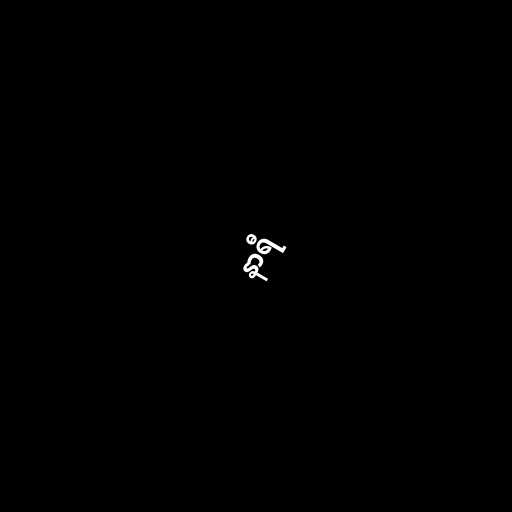
နာရီ